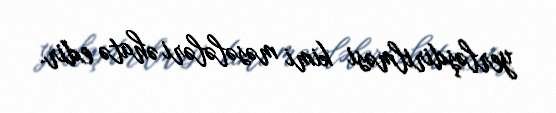
yerləşdirilməsi kimi məsələləri əhatə edir.